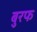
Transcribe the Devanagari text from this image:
बुरफ